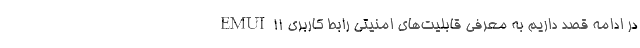
در ادامه قصد داریم به معرفی قابلیت‌های امنیتی رابط کاربری EMUI 11